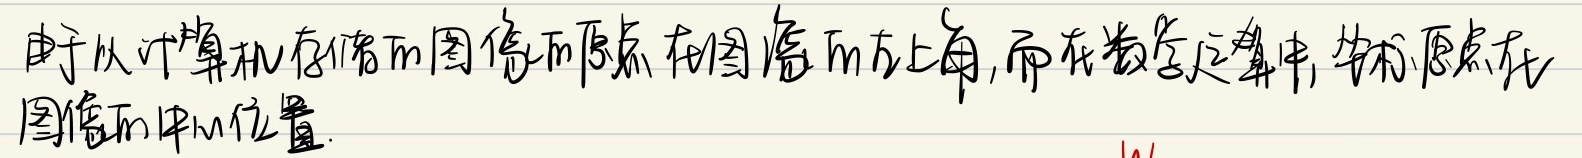
由于计算机存储的图像的原点在图像的左上角, 而在数学运算中, 坐标原点在图像的中心位置.